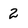
Character: 2